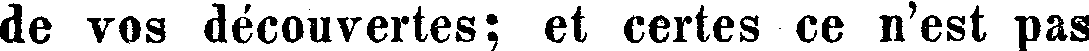
de vos découvertes; et certes ce n'est pas